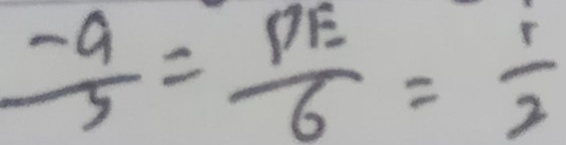
\frac { - a } { 5 } = \frac { D E } { 6 } = \frac { 1 } { 2 }